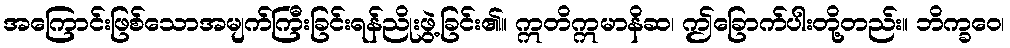
အကြောင်းဖြစ်သောအမျက်ကြီးခြင်းရန်ညိုးဖွဲ့ခြင်း၏။ ဣတိဣမာနိဆ၊ ဤခြောက်ပါးတို့တည်း။ ဘိက္ခဝေ၊